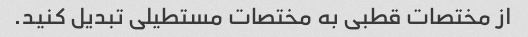
از مختصات قطبی به مختصات مستطیلی تبدیل کنید.